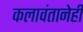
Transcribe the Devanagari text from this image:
कलावंतानेही